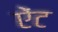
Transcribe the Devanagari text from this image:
ऐंट